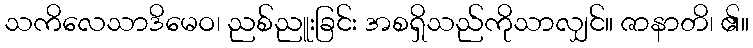
သကိလေသာဒိမေဝ၊ ညစ်ညူးခြင်း အစရှိသည်ကိုသာလျှင်။ ဇာနာတိ၊ ၏။